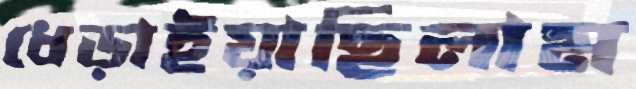
ধেড়াইয়াছিলাম